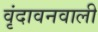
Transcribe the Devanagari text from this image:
वृंदावनवाली